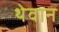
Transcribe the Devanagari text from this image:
थेवान